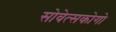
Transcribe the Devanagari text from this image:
सोवेत्सकोगो